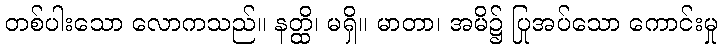
တစ်ပါးသော လောကသည်။ နတ္ထိ၊ မရှိ။ မာတာ၊ အမိ၌ ပြုအပ်သော ကောင်းမှု